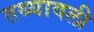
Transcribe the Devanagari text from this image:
तथ्यावली